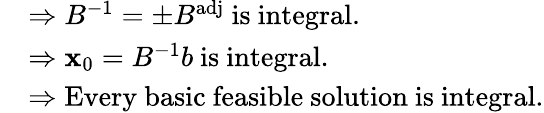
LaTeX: {\begin{array}{rl}&{\Rightarrow B^{-1}=\pm B^{\mathrm{adj}}{\mathrm{~is~integral.}}}\\ &{\Rightarrow\mathbf{x}_{0}=B^{-1}b{\mathrm{~is~integral.}}}\\ &{\Rightarrow{\mathrm{Every~basic~feasible~solution~is~integral.}}}\end{array}}